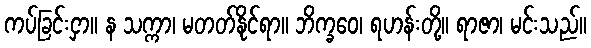
ကပ်ခြင်းငှာ။ န သက္ကာ၊ မတတ်နိုင်ရာ။ ဘိက္ခဝေ၊ ရဟန်းတို့။ ရာဇာ၊ မင်းသည်။